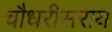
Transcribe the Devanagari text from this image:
चौधरीसराय